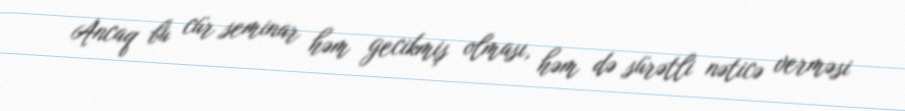
Ancaq bu cür seminar həm gecikmiş olması, həm də sürətli nəticə verməsi